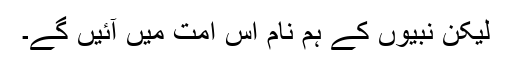
لیکن نبیوں کے ہم نام اس امت میں آئیں گے۔